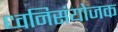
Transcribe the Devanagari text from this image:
ध्वनिसंयोजक